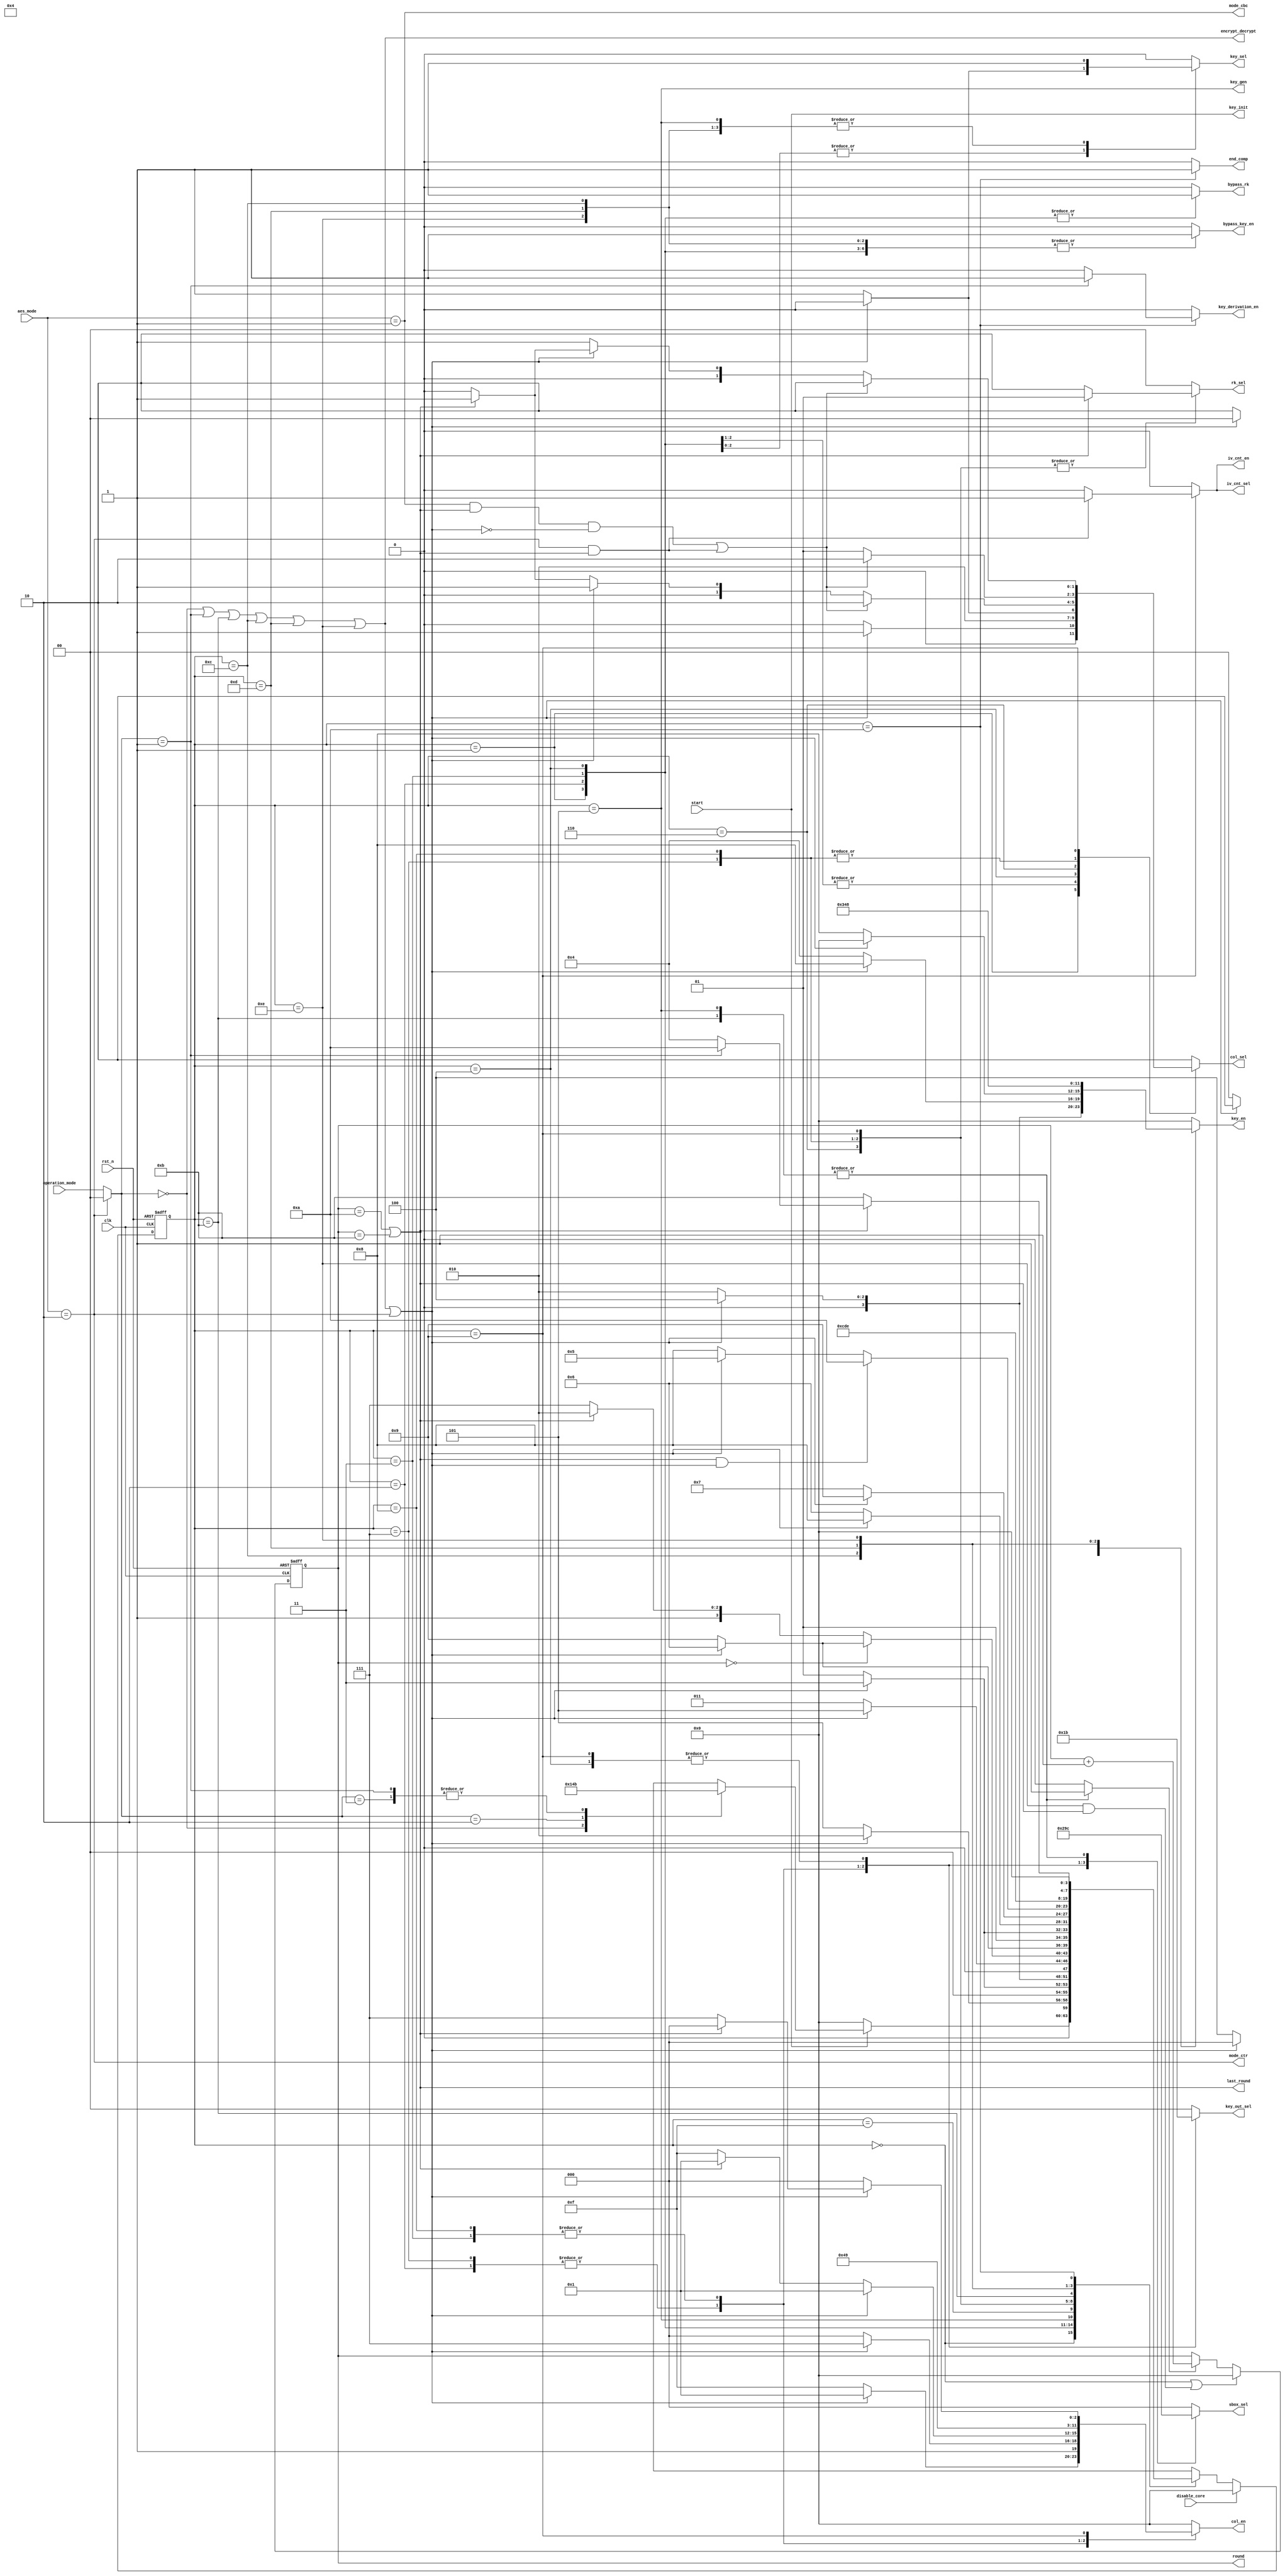

module control_unit
(
	output reg [ 2:0] sbox_sel,
	output reg [ 1:0] rk_sel,
	output reg [ 1:0] key_out_sel,
	output reg [ 1:0] col_sel,
	output reg [ 3:0] key_en,
	output reg [ 3:0] col_en,
	output     [ 3:0] round,
	output reg bypass_rk,
	output reg bypass_key_en,
	output reg key_sel,
	output reg iv_cnt_en,
	output reg iv_cnt_sel,
	output reg key_derivation_en,
	output end_comp,
	output key_init,
	output key_gen,
	output mode_ctr,
	output mode_cbc,
	output last_round,
  output encrypt_decrypt,	
	input [1:0] operation_mode,
	input [1:0] aes_mode,
	input start,
	input disable_core,
	input clk,
	input rst_n
);
//`include "include/host_interface.vh"
//`include "include/control_unit_params.vh"

//=====================================================================================
// Memory Mapped Registers Address
//=====================================================================================
localparam AES_CR    = 4'd00;
localparam AES_SR    = 4'd01;
localparam AES_DINR  = 4'd02;
localparam AES_DOUTR = 4'd03;
localparam AES_KEYR0 = 4'd04;
localparam AES_KEYR1 = 4'd05;
localparam AES_KEYR2 = 4'd06;
localparam AES_KEYR3 = 4'd07;
localparam AES_IVR0  = 4'd08;
localparam AES_IVR1  = 4'd09;
localparam AES_IVR2  = 4'd10;
localparam AES_IVR3  = 4'd11;

//=============================================================================
// Operation Modes
//=============================================================================
localparam ENCRYPTION     = 2'b00;
localparam KEY_DERIVATION = 2'b01;
localparam DECRYPTION     = 2'b10;
localparam DECRYP_W_DERIV = 2'b11;

//=============================================================================
// AES Modes
//=============================================================================
localparam ECB = 2'b00;
localparam CBC = 2'b01;
localparam CTR = 2'b10;

//=============================================================================
// SBOX SEL
//=============================================================================
localparam COL_0 = 3'b000;
localparam COL_1 = 3'b001;
localparam COL_2 = 3'b010;
localparam COL_3 = 3'b011;
localparam G_FUNCTION = 3'b100;

//=============================================================================
// RK_SEL
//=============================================================================
localparam COL        = 2'b00;
localparam MIXCOL_IN  = 2'b01;
localparam MIXCOL_OUT = 2'b10;

//=============================================================================
// KEY_OUT_SEL
//=============================================================================
localparam KEY_0 = 2'b00;
localparam KEY_1 = 2'b01;
localparam KEY_2 = 2'b10;
localparam KEY_3 = 2'b11;

//=============================================================================
// COL_SEL
//=============================================================================
localparam SHIFT_ROWS = 2'b00;
localparam ADD_RK_OUT = 2'b01;
localparam INPUT      = 2'b10;

//=============================================================================
// KEY_SEL
//=============================================================================
localparam KEY_HOST = 1'b0;
localparam KEY_OUT  = 1'b1;

//=============================================================================
// KEY_EN
//=============================================================================
localparam KEY_DIS  = 4'b0000;
localparam EN_KEY_0 = 4'b0001;
localparam EN_KEY_1 = 4'b0010;
localparam EN_KEY_2 = 4'b0100;
localparam EN_KEY_3 = 4'b1000;
localparam KEY_ALL  = 4'b1111;

//=============================================================================
// COL_EN
//=============================================================================
localparam COL_DIS  = 4'b0000;
localparam EN_COL_0 = 4'b0001;
localparam EN_COL_1 = 4'b0010;
localparam EN_COL_2 = 4'b0100;
localparam EN_COL_3 = 4'b1000;
localparam COL_ALL  = 4'b1111;

//=============================================================================
// IV_CNT_SEL
//=============================================================================
localparam IV_CNT = 1'b1;
localparam IV_BUS = 1'b0;

//=============================================================================
// ENABLES
//=============================================================================
localparam ENABLE = 1'b1;
localparam DISABLE = 1'b0;

localparam NUMBER_ROUND      = 4'd10;
localparam NUMBER_ROUND_INC  = 4'd11;
localparam INITIAL_ROUND     = 4'd00;

//=============================================================================
// FSM STATES
//=============================================================================
localparam IDLE        = 4'd00;
localparam ROUND0_COL0 = 4'd01;
localparam ROUND0_COL1 = 4'd02;
localparam ROUND0_COL2 = 4'd03;
localparam ROUND0_COL3 = 4'd04;
localparam ROUND_KEY0  = 4'd05;
localparam ROUND_COL0  = 4'd06;
localparam ROUND_COL1  = 4'd07;
localparam ROUND_COL2  = 4'd08;
localparam ROUND_COL3  = 4'd09;
localparam READY       = 4'd10;
localparam GEN_KEY0    = 4'd11;
localparam GEN_KEY1    = 4'd12;
localparam GEN_KEY2    = 4'd13;
localparam GEN_KEY3    = 4'd14;
localparam NOP         = 4'd15;

reg [3:0] state, next_state;
reg [3:0] rd_count;

reg rd_count_en;
//reg end_aes_pp1, end_aes_pp2;
wire op_key_derivation;
wire first_round;
wire [1:0] op_mode;
wire enc_dec;

// State Flops Definition
always @(posedge clk, negedge rst_n)
	begin
		if(!rst_n)
			state <= IDLE;
		else
			if(disable_core)
				state <= IDLE;
			else
				state <= next_state;
	end

assign encrypt_decrypt = (op_mode == ENCRYPTION || op_mode == KEY_DERIVATION || state == GEN_KEY0   
			  ||   state == GEN_KEY1       ||state == GEN_KEY2   ||   state == GEN_KEY3       );

assign enc_dec = encrypt_decrypt | mode_ctr;
assign key_gen = (state == ROUND_KEY0);

assign op_key_derivation = (op_mode == KEY_DERIVATION);

assign mode_ctr = (aes_mode == CTR);
assign mode_cbc = (aes_mode == CBC);

assign key_init = start;

assign op_mode = (mode_ctr) ? ENCRYPTION : operation_mode;

// Next State Logic
always @(*)
	begin
		next_state = state;
		case(state)
			IDLE:
				begin
					if(!start)
						next_state = IDLE;
					else
						case(op_mode)
							ENCRYPTION    : next_state = ROUND0_COL0;
							DECRYPTION    : next_state = ROUND0_COL3;
							KEY_DERIVATION: next_state = GEN_KEY0;
							DECRYP_W_DERIV: next_state = GEN_KEY0;
							default       : next_state = IDLE;
						endcase
				end
			ROUND0_COL0:
				begin
					next_state = (enc_dec) ? ROUND0_COL1 : ROUND_KEY0; 
				end
			ROUND0_COL1:
				begin
					next_state = (enc_dec) ? ROUND0_COL2 : ROUND0_COL0;
				end
			ROUND0_COL2:
				begin
					next_state = (enc_dec) ? ROUND0_COL3 : ROUND0_COL1;
				end
			ROUND0_COL3:
				begin
					next_state = (enc_dec) ? ROUND_KEY0 : ROUND0_COL2;
				end
			ROUND_KEY0 :
				begin
					if(!first_round)
						begin
							next_state = (last_round) ? READY : NOP;
						end
					else
						begin
							next_state = (enc_dec) ? ROUND_COL0 : ROUND_COL3;
						end
				end
			NOP        :
				begin
					next_state = (enc_dec) ? ROUND_COL0 : ROUND_COL3;
				end
			ROUND_COL0 :
				begin
					next_state = (enc_dec) ? ROUND_COL1 : ROUND_KEY0;
				end
			ROUND_COL1 :
				begin
					next_state = (enc_dec) ? ROUND_COL2 : ROUND_COL0;
				end
			ROUND_COL2 :
				begin
					next_state = (enc_dec) ? ROUND_COL3 : ROUND_COL1;
				end
			ROUND_COL3 :
				begin
					if(last_round && enc_dec)
						next_state = READY;
					else
					next_state = (enc_dec) ? ROUND_KEY0 : ROUND_COL2;
				end
			GEN_KEY0   :
				begin
					next_state = GEN_KEY1;
				end
			GEN_KEY1   :
				begin
					next_state = GEN_KEY2;
				end
			GEN_KEY2   :
				begin
					next_state = GEN_KEY3;
				end
			GEN_KEY3   :
				begin
					if(last_round)
						next_state = (op_key_derivation) ? READY : ROUND0_COL3;
					else
						next_state = GEN_KEY0;
				end
			READY      :
				begin
					next_state = IDLE;
				end
		endcase
	end
 
       
// Output Logic
assign end_comp = (state == READY)?ENABLE:DISABLE;

/*
always @(posedge clk, negedge rst_n)
begin
		if(!rst_n)
		begin
			end_aes_pp1 <= 1'b0;
			end_aes_pp2 <= 1'b0; 
			end_comp <= 1'b0;
		end
		else
			if(state == READY)
			begin
				end_aes_pp1 <= ENABLE;
				//end_aes_pp2 <= end_aes_pp1;
				end_comp <= end_aes_pp1 ;
			end
			else
			begin
				end_aes_pp1 <= DISABLE;
				//end_aes_pp2 <= end_aes_pp1;
				end_comp <= end_aes_pp1 ;
			end

end
*/
always @(*)
	begin
		sbox_sel = COL_0;
		rk_sel = COL;
		bypass_rk = DISABLE;
		key_out_sel = KEY_0;
		col_sel = INPUT;
		key_sel = KEY_HOST;
		key_en = KEY_DIS;
		col_en = COL_DIS;
		rd_count_en = DISABLE;
		iv_cnt_en = DISABLE;
		iv_cnt_sel = IV_BUS;
		bypass_key_en = DISABLE;
		key_derivation_en = DISABLE;
		//end_comp = DISABLE;
		case(state)
			ROUND0_COL0:
				begin
					sbox_sel = COL_0;
					rk_sel   = COL;
					bypass_rk = ENABLE;
					bypass_key_en = ENABLE;
					key_out_sel = KEY_0;
					col_sel = (enc_dec) ? ADD_RK_OUT : SHIFT_ROWS;
					col_en =  (enc_dec) ? EN_COL_0 : COL_ALL;
				end
			ROUND0_COL1:
				begin
					sbox_sel = COL_1;
					rk_sel   = COL;
					bypass_rk = ENABLE;
					bypass_key_en = ENABLE;
					key_out_sel = KEY_1;
					col_sel = ADD_RK_OUT;
					col_en = EN_COL_1;
					if(!enc_dec)
						begin
							key_sel = KEY_OUT;
							key_en =  EN_KEY_1;
						end
				end
			ROUND0_COL2:
				begin
					sbox_sel = COL_2;
					rk_sel   = COL;
					bypass_rk = ENABLE;
					bypass_key_en = ENABLE;
					key_out_sel = KEY_2;
					col_sel = ADD_RK_OUT;
					col_en = EN_COL_2;
					if(!enc_dec)
						begin
							key_sel = KEY_OUT;
							key_en =  EN_KEY_2;
						end
				end
			ROUND0_COL3:
				begin
					sbox_sel = COL_3;
					rk_sel   = COL;
					bypass_key_en = ENABLE;
					key_out_sel = KEY_3;
					col_sel = (enc_dec) ? SHIFT_ROWS : ADD_RK_OUT;
					col_en =  (enc_dec) ? COL_ALL : EN_COL_3;
					bypass_rk = ENABLE;
					if(!enc_dec)
					begin
							key_sel = KEY_OUT;
							key_en =  EN_KEY_3;
					end
				end
			ROUND_KEY0:
				begin
					sbox_sel = G_FUNCTION;
					key_sel = KEY_OUT;
					key_en = EN_KEY_0;
					rd_count_en = ENABLE;
				end
			ROUND_COL0:
				begin
					sbox_sel = COL_0;
					rk_sel = (last_round) ? MIXCOL_IN : MIXCOL_OUT;
					key_out_sel = KEY_0;
					key_sel = KEY_OUT;

					if(enc_dec)
						key_en = EN_KEY_1;
					if((mode_cbc && last_round && !enc_dec) || (mode_ctr && last_round))
						col_sel = INPUT;
					else
						begin
							if(!enc_dec)
								col_sel = (last_round) ? ADD_RK_OUT : SHIFT_ROWS;
							else
								col_sel = ADD_RK_OUT;
						end
					if(enc_dec)
						col_en = EN_COL_0;
					else
						col_en = (last_round) ? EN_COL_0 : COL_ALL;
				end
			ROUND_COL1:
				begin
					sbox_sel = COL_1;
					rk_sel   = (last_round) ? MIXCOL_IN : MIXCOL_OUT;
					key_out_sel = KEY_1;
					key_sel = KEY_OUT;
					if(enc_dec)
						key_en = EN_KEY_2;
					else
						key_en = EN_KEY_1;
					if((mode_cbc && last_round && !enc_dec) || (mode_ctr && last_round))
						col_sel = INPUT;
					else
						col_sel = ADD_RK_OUT;
					col_en = EN_COL_1;
				end
			ROUND_COL2:
				begin
					sbox_sel = COL_2;
					rk_sel   = (last_round) ? MIXCOL_IN : MIXCOL_OUT;
					key_out_sel = KEY_2;
					key_sel = KEY_OUT;
					if(enc_dec)
						key_en = EN_KEY_3;
					else
						key_en = EN_KEY_2;
					if((mode_cbc && last_round && !enc_dec) || (mode_ctr && last_round))
						col_sel = INPUT;
					else
						col_sel = ADD_RK_OUT;
					col_en = EN_COL_2;
				end
			ROUND_COL3:
				begin
					sbox_sel = COL_3;
					rk_sel   = (last_round) ? MIXCOL_IN : MIXCOL_OUT;
					key_out_sel = KEY_3;
					key_sel = KEY_OUT;
					if(!enc_dec)
						key_en = EN_KEY_3;
					if((mode_cbc && last_round && !enc_dec) || (mode_ctr && last_round))
						col_sel = INPUT;
					else
						begin
							if(enc_dec)
								col_sel = (last_round) ? ADD_RK_OUT : SHIFT_ROWS;
							else
								col_sel = ADD_RK_OUT;
						end
					if(enc_dec)
						col_en = (last_round) ? EN_COL_3 : COL_ALL;
					else
						col_en = EN_COL_3;
					if(mode_ctr && last_round)
						begin
							iv_cnt_en = ENABLE;
							iv_cnt_sel = IV_CNT;
						end
				end
			GEN_KEY0:
				begin
					sbox_sel = G_FUNCTION;
					rd_count_en = ENABLE;
				end
			GEN_KEY1:
				begin
					key_en = EN_KEY_1 | EN_KEY_0; //Enable key 0 AND key 1
					key_sel = KEY_OUT;
					bypass_key_en = ENABLE;
				end
			GEN_KEY2:
				begin
					key_en = EN_KEY_2;
					key_sel = KEY_OUT;
					bypass_key_en = ENABLE;
				end
			GEN_KEY3:
				begin
					key_en = EN_KEY_3;
					key_sel = KEY_OUT;
					bypass_key_en = ENABLE;
				end
			READY:
				begin
					//end_comp = ENABLE;
					if(op_mode == KEY_DERIVATION)
						key_derivation_en = ENABLE;
				end
		endcase
	end

// Round Counter
always @(posedge clk, negedge rst_n)
	begin
		if(!rst_n)
			rd_count <= INITIAL_ROUND;
		else
			if(state == IDLE || (state == GEN_KEY3 && last_round))
				rd_count <= INITIAL_ROUND;
			else 
				if(rd_count_en)
					rd_count <= rd_count + 1'b1;
	end

assign round = rd_count;
assign first_round = (rd_count == INITIAL_ROUND);
assign last_round  = (rd_count == NUMBER_ROUND || rd_count == NUMBER_ROUND_INC);

endmodule